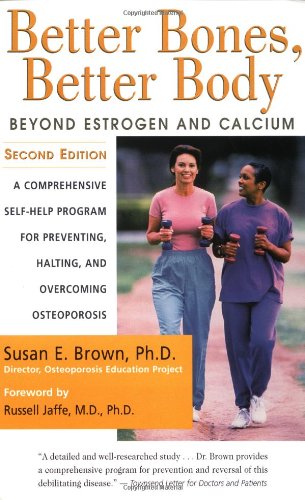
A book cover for Better Bones, Better Body : Beyond Estrogen and Calcium; Susan Brown; Health, Fitness & Dieting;